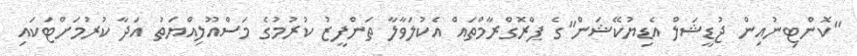
"ކޮންޓިނުއިން ޖުޑީޝަލް އެޑިޔުކޭޝަން"ގެ ޕްރޮގްރާމްތައް އެކުލަވާލާ ތަންފީޒު ކުރުމުގެ މަސްއޫލިއްޔަތު އަދާ ކުރުމަށްޓަކައި